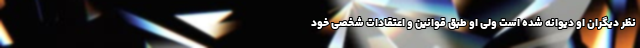
نظر دیگران او دیوانه شده است ولی او طبق قوانین و اعتقادات شخصی خود